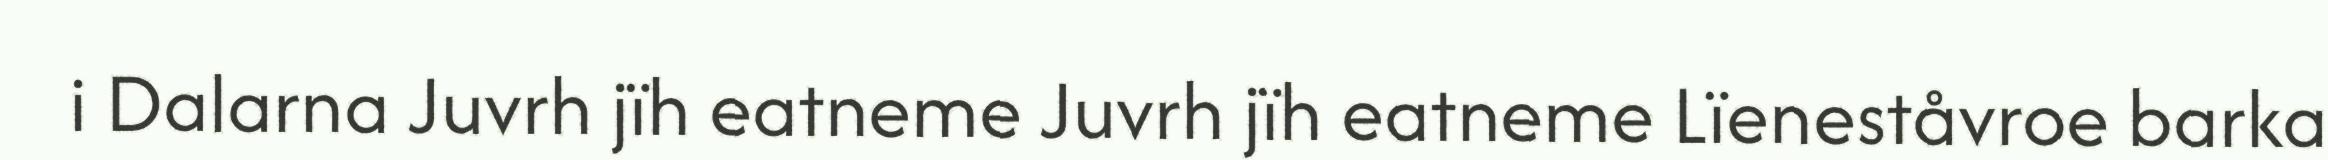
i Dalarna Juvrh jïh eatneme Juvrh jïh eatneme Lïeneståvroe barka